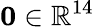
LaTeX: \mathbf{0}\in\mathbb{R}^{14}